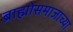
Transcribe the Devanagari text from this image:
ब्राह्मोसमाजाच्या